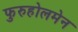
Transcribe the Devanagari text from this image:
फुरुहोलमेन